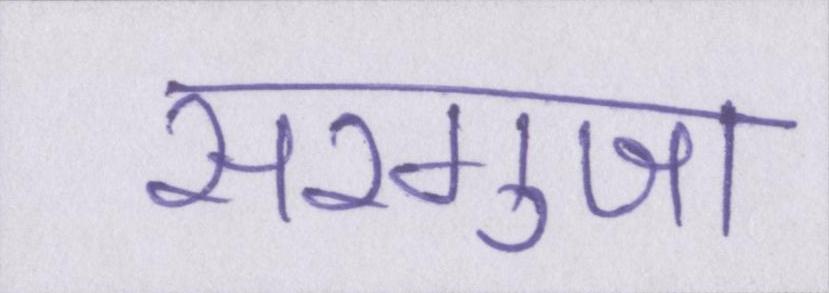
सरगुजा